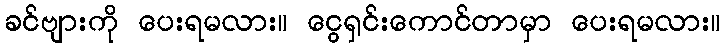
ခင်ဗျားကို ပေးရမလား။ ငွေရှင်းကောင်တာမှာ ပေးရမလား။